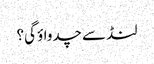
لنڈ سے چدواؤ گی؟